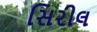
સિરીલ